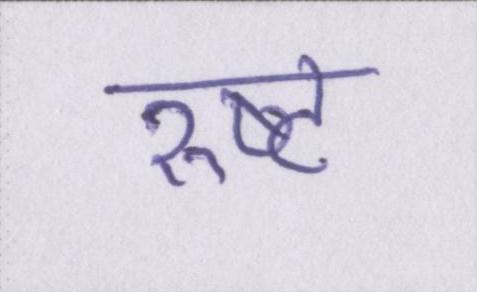
रुष्ट